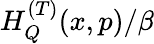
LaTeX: H_{Q}^{(T)}(x,p)/\beta